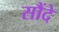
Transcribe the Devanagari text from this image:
सौंदे